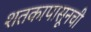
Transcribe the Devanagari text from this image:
शतकापासूनची